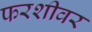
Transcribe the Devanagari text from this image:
फरशीवर